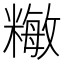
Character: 𥼖